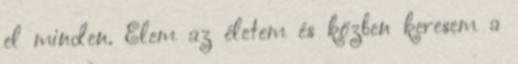
el minden. Élem az életem és közben keresem a